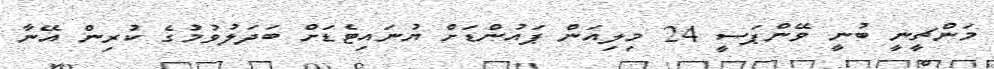
މަންޗީނީ ބުނީ ވޭންޕަސީ 24 މިލިއަން ޕައުންޑަށް ޔުނައިޓެޑަށް ބަދަލުވުމުގެ ކުރިން އޭނާ